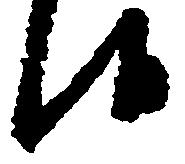
候